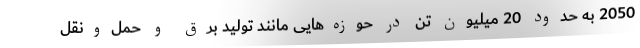
2050 به حدود 20 میلیون تن در حوزه‌هایی مانند تولید برق و حمل‌ونقل